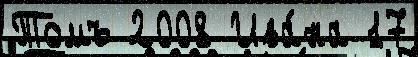
Томъ 2008 Ива́на 17